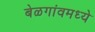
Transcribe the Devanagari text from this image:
बेळगांवमध्ये